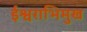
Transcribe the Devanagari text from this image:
ईश्वराभिमुख